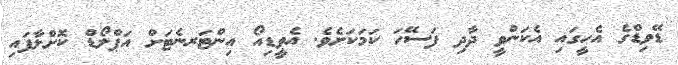
ޑޭވިޑްގެ އެހީގައި އެކަންވީ ދާދި ފަސޭހަ ކަމަކަށެވެ. އެވީޑިއޯ އިންޓަރނެޓަށް އަޕްލޯޑް ކޮށްލާފައި